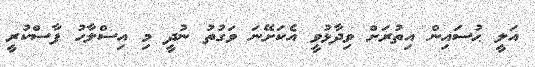
އަލީ ޙުސައިން އިތުރަށް ވިދާޅުވީ އެކަށޭނަ ވަގުތު ނުދީ މި އިސްލާހު ފާސްކުރީ